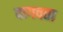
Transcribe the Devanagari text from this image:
वागवता